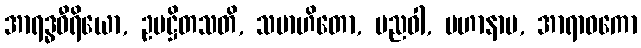
အာရဒ္ဓဝီရိယော, ဥပဋ္ဌိတသတိ, သမာဟိတော, ပညဝါ, မဟာနာမ, အာရာဓကော